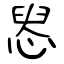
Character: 惥